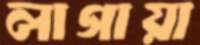
লাগায়া